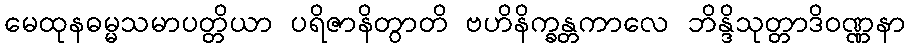
မေထုနဓမ္မသမာပတ္တိယာ ပရိဇာနိတွာတိ ဗဟိနိက္ခန္တကာလေ ဘိန္ဒိသုတ္တာဒိဝဏ္ဏနာ